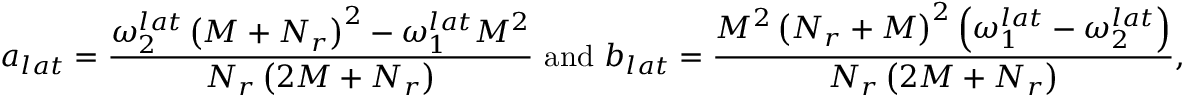
a _ { l a t } = \frac { \omega _ { 2 } ^ { l a t } \left( M + N _ { r } \right) ^ { 2 } - \omega _ { 1 } ^ { l a t } M ^ { 2 } } { N _ { r } \left( 2 M + N _ { r } \right) } \mathrm { ~ a n d ~ } b _ { l a t } = \frac { M ^ { 2 } \left( N _ { r } + M \right) ^ { 2 } \left( \omega _ { 1 } ^ { l a t } - \omega _ { 2 } ^ { l a t } \right) } { N _ { r } \left( 2 M + N _ { r } \right) } ,